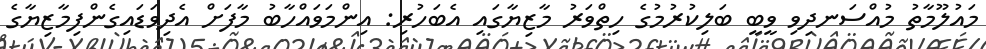
މައުލޫމާތު މުއްސަނދިވި ވީބީ ބަލިކުރުމުގެ ހިތްވަރު މާޒިޔާގައި އެބަހުރި: އިންމަވައްހާބު މާފަށް އެދިވަޑައިގެންފިމާޒިޔާގެ